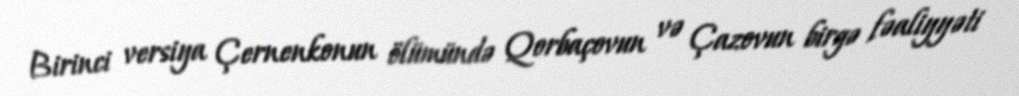
Birinci versiya Çernenkonun ölümündə Qorbaçovun və Çazovun birgə fəaliyyəti